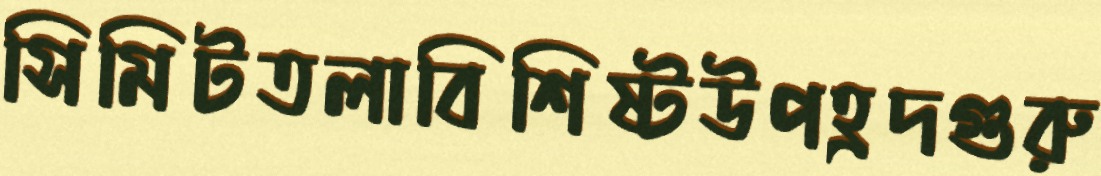
সিমিটতলাবিশিষ্টউপহ্রদগুরু